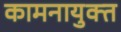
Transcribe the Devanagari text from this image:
कामनायुक्त